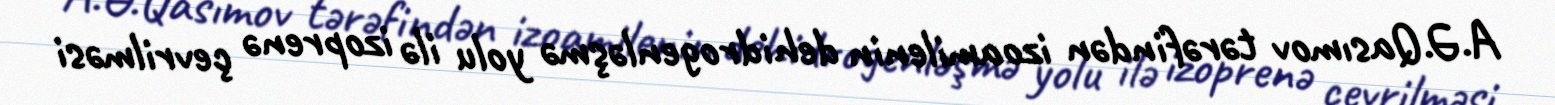
A.Ə.Qasımov tərəfindən izoamilenin dehidrogenləşmə yolu ilə izoprenə çevrilməsi